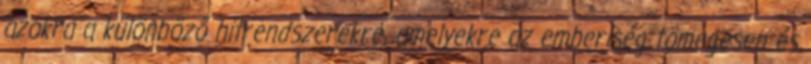
azokra a különböző hitrendszerekre, amelyekre az emberiség tömegesen és